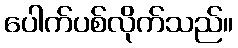
ပေါက်ပစ်လိုက်သည်။